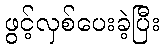
ဖွင့်လှစ်ပေးခဲ့ပြီး